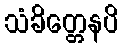
သံခိတ္တေနပိ